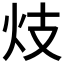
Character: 𱪫